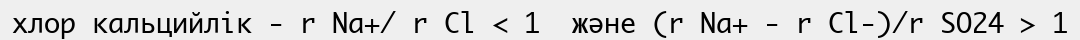
хлор кальцийлік - r Na+/ r Cl < 1  және (r Na+ - r Cl-)/r SO24 > 1